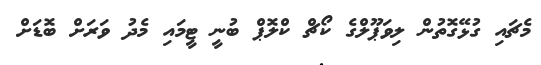
މެޗައި ގުޅޭގޮތުން ލިވަޕޫލްގެ ކޯޗް ކްލޮޕް ބުނީ ޓީމައި މެދު ވަރަށް ބޮޑަށް